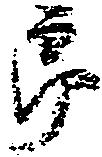
郎